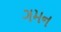
ગમન